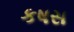
કષસ